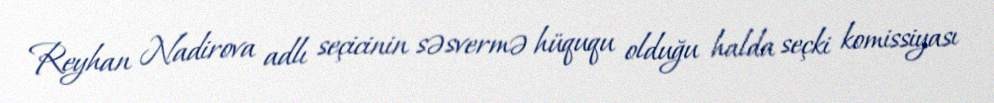
Reyhan Nadirova adlı seçicinin səsvermə hüququ olduğu halda seçki komissiyası